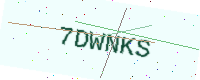
Text: 7DWNKS